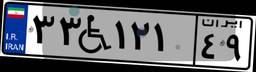
۳۳W۱۲۱۴۹